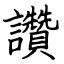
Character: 讚